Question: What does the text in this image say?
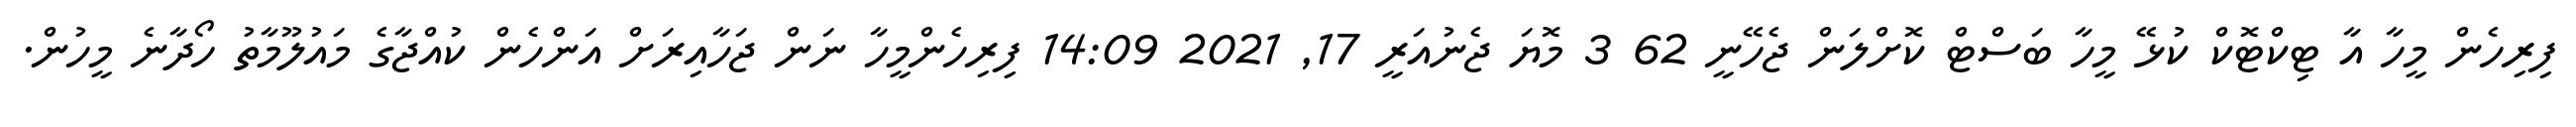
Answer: ފިރިހެން މީހާ އާ ޓިކްޓޮކް ކުޅޭ މީހާ ބަސްޓް ކޮށްލަން ޖެހޭނީ 62 3 މޮޔަ ޖެނުއަރީ 17, 2021 14:09 ފިރިހެންމީހާ ނަން ޖަހާއިރަށް އަންހެން ކުއްޖާގެ މައުލޫމާތު ހޯދާނެ މީހުން.